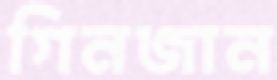
গিনজান